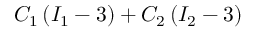
C _ { 1 } \left( I _ { 1 } - 3 \right) + C _ { 2 } \left( I _ { 2 } - 3 \right)